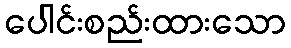
ပေါင်းစည်းထားသော